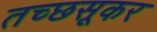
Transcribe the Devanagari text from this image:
तच्छसूकर